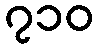
၇၁၀